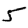
Digit: 5